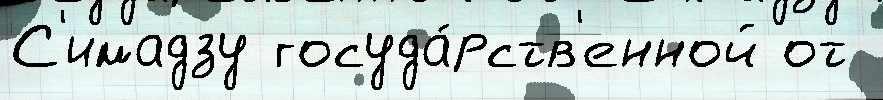
С'имадзу госуда́рств'енной от